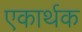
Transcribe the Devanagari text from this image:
एकार्थक